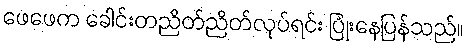
ဖေဖေက ခေါင်းတညိတ်ညိတ်လုပ်ရင်း ပြုံးနေပြန်သည်။